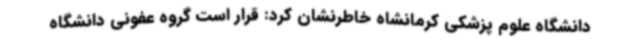
دانشگاه علوم پزشکی کرمانشاه خاطرنشان کرد: قرار است گروه عفونی دانشگاه